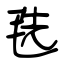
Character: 毨